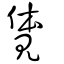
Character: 𧡊